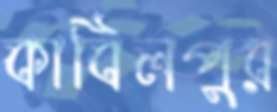
কাবিলপুর